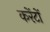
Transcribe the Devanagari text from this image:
करेंटों